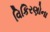
વિકિરણોના